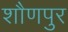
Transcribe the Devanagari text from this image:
शौणपुर